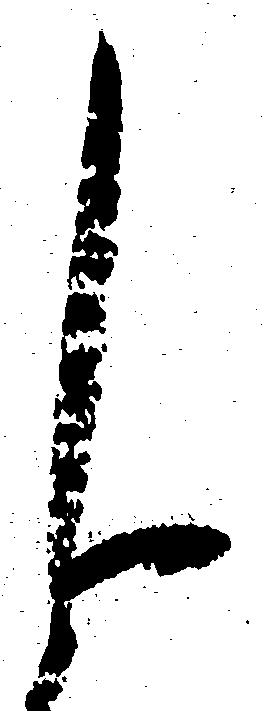
申